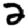
Digit: 2